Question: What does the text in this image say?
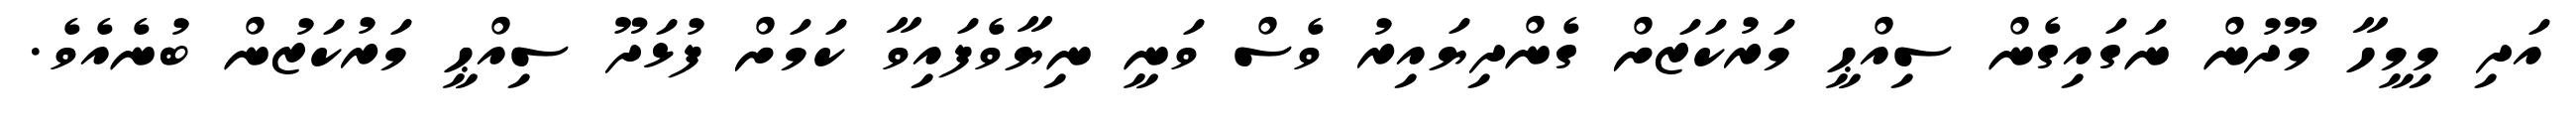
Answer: އަދި މިމީހާ މޫދުން ނަގައިގެން ސިއްޙީ މަރުކަޒަށް ގެންދިޔައިރު ވެސް ވަނީ ނިޔާވެފައިވާ ކަމަށް ފުޅަދޫ ސިއްޙީ މަރުކަޒުން ބުނެއެވެ.